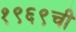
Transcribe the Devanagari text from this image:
१९६९ची